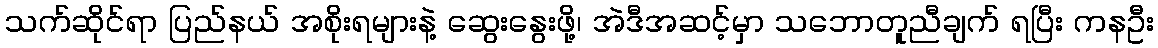
သက်ဆိုင်ရာ ပြည်နယ် အစိုးရများနဲ့ ဆွေးနွေးဖို့၊ အဲဒီအဆင့်မှာ သဘောတူညီချက် ရပြီး ကနဦး